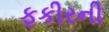
ફકીરની